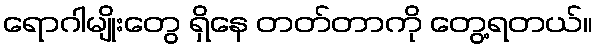
ရောဂါမျိုးတွေ ရှိနေ တတ်တာကို တွေ့ရတယ်။